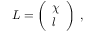
L = { \left( \begin{array} { l } { \chi } \\ { l } \end{array} \right) } ~ ,